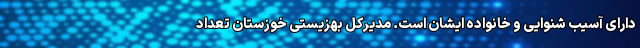
دارای آسیب شنوایی و خانواده ایشان است. مدیرکل بهزیستی خوزستان تعداد